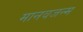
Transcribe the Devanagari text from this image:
मानवजन्म